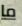
ما